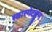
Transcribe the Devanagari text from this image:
स्वारगेटहून